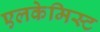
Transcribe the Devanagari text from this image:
एलकेमिस्ट